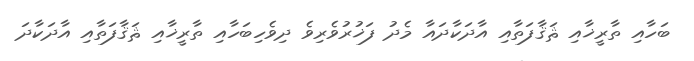
ބަހާއި ތާރީޚާއި ޘަޤާފަތާއި އާދަކާދައާ މެދު ފަޚުރުވެރިވެ ދިވެހިބަހާއި ތާރީޚާއި ޘަޤާފަތާއި އާދަކާދަ